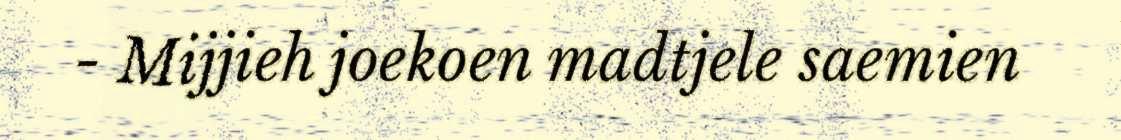
- Mijjieh joekoen madtjele saemien